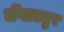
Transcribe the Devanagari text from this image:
चेंगाल्लुर